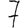
Digit: 7